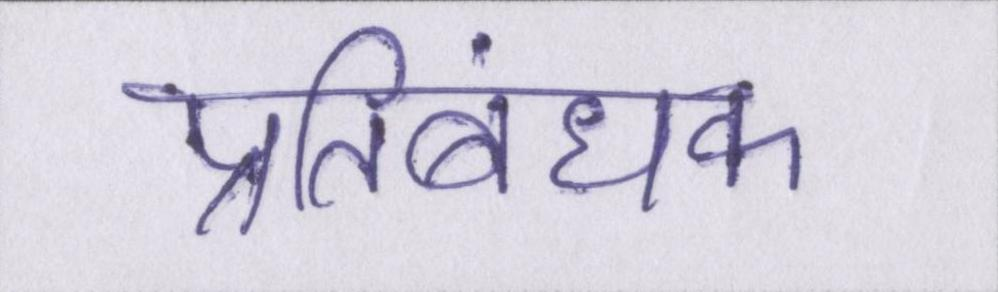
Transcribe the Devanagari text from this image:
प्रतिबंधक